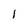
Character: 1